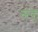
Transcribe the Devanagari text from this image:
सब्